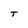
Character: T